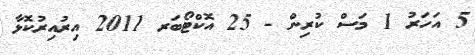
5 އަހަރު 1 މަސް ކުރިން - 25 އޮކްޓޯބަރ 2011 އިރުއިރުކޮޅާ